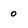
Character: o